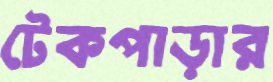
টেকপাড়ার